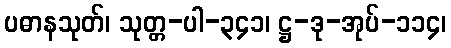
ပဓာနသုတ်၊ သုတ္တ-ပါ-၃၄၁၊ ဋ္ဌ-ဒု-အုပ်-၁၁၄၊